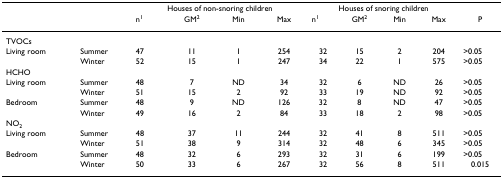
|  |  | <COLSPAN=4> Houses of non-snoring children | <COLSPAN=4> Houses of snoring children |  |
 |  |  | n1 | GM2 | Min | Max | n1 | GM2 | Min | Max | P |
 | --- | --- | --- | --- | --- | --- | --- | --- | --- | --- | --- |
 | TVOCs |  |  |  |  |  |  |  |  |  |  |
 | Living room | Summer | 47 | 11 | 1 | 254 | 32 | 15 | 2 | 204 | >0.05 |
 |  | Winter | 52 | 15 | 1 | 247 | 34 | 22 | 1 | 575 | >0.05 |
 | HCHO |  |  |  |  |  |  |  |  |  |  |
 | Living room | Summer | 48 | 7 | ND | 34 | 32 | 6 | ND | 26 | >0.05 |
 |  | Winter | 51 | 15 | 2 | 92 | 33 | 19 | ND | 92 | >0.05 |
 | Bedroom | Summer | 48 | 9 | ND | 126 | 32 | 8 | ND | 47 | >0.05 |
 |  | Winter | 49 | 16 | 2 | 84 | 33 | 18 | 2 | 98 | >0.05 |
 | NO2 |  |  |  |  |  |  |  |  |  |  |
 | Living room | Summer | 48 | 37 | 11 | 244 | 32 | 41 | 8 | 511 | >0.05 |
 |  | Winter | 51 | 38 | 9 | 314 | 32 | 48 | 6 | 345 | >0.05 |
 | Bedroom | Summer | 48 | 32 | 6 | 293 | 32 | 31 | 6 | 199 | >0.05 |
 |  | Winter | 50 | 33 | 6 | 267 | 32 | 56 | 8 | 511 | 0.015 |